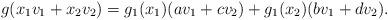
LaTeX: \begin{align*}g(x_1 v_1 + x_2 v_2) = g_1(x_1)(av_1 + cv_2) + g_1(x_2)(bv_1 + dv_2).\end{align*}